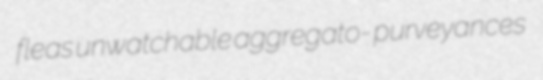
fleas unwatchable aggregato- purveyances